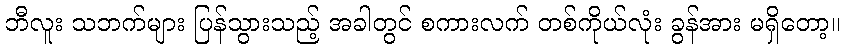
ဘီလူး သဘက်များ ပြန်သွားသည့် အခါတွင် စကားလက် တစ်ကိုယ်လုံး ခွန်အား မရှိတော့။